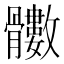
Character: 𩪵